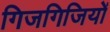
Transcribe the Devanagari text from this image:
गिजगिजियों